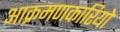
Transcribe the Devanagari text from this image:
आक्रमणकारियो